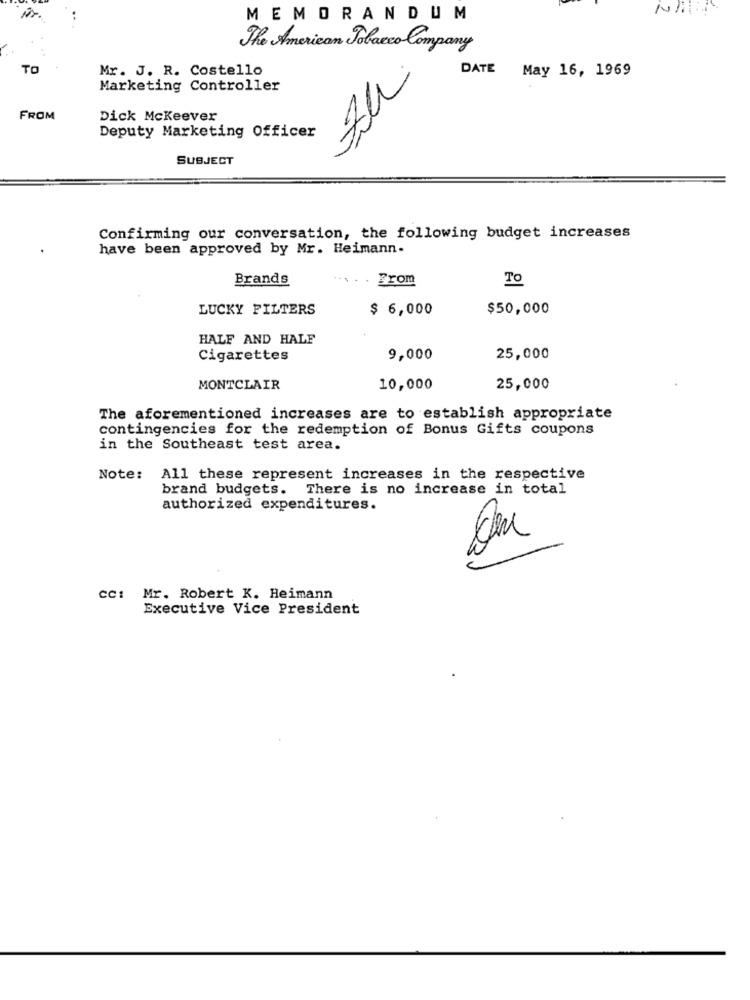
MEMORANDUM
The American Tobacco Company
TO
Mr. J. R. Costello
DATE May 16, 1969
Marketing Controller
FROM
Dick Mckeever
Deputy Marketing Officer
SUBJECT
Confirming our conversation, the following budget increases
have been approved by Mr. Heimann-
Brands
... . . From
To
LUCKY FILTERS
$ 6,000
$50,000
HALF AND HALF
Cigarettes
9,000
25,000
MONTCLAIR
10,000
25,000
The aforementioned increases are to establish appropriate
contingencies for the redemption of Bonus Gifts coupons
in the Southeast test area.
Note: All these represent increases in the respective
brand budgets. There is no increase in total
authorized expenditures.
cc: Mr. Robert K. Heimann
Executive Vice President